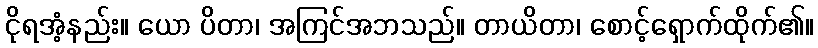
ငိုရအံ့နည်း။ ယော ပိတာ၊ အကြင်အဘသည်။ တာယိတာ၊ စောင့်ရှောက်ထိုက်၏။